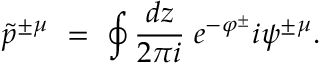
\tilde { p } ^ { \pm \mu } \ = \ \oint \frac { d z } { 2 \pi i } \; e ^ { - \varphi ^ { \pm } } i \psi ^ { \pm \mu } .